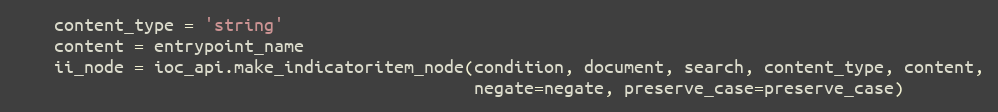
Language: Python
    content_type = 'string'
    content = entrypoint_name
    ii_node = ioc_api.make_indicatoritem_node(condition, document, search, content_type, content,
                                              negate=negate, preserve_case=preserve_case)